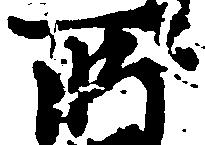
所